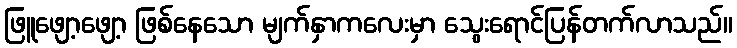
ဖြူဖျော့ဖျော့ ဖြစ်နေသော မျက်နှာကလေးမှာ သွေးရောင်ပြန်တက်လာသည်။